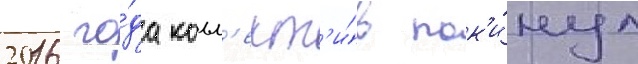
2016 го́да колл'ект'и́в пок'и́нул